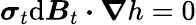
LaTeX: \boldsymbol{\sigma}_{t}\mathrm{d}\boldsymbol{B}_{t}\boldsymbol{\cdot}\boldsymbol{\nabla}h=0